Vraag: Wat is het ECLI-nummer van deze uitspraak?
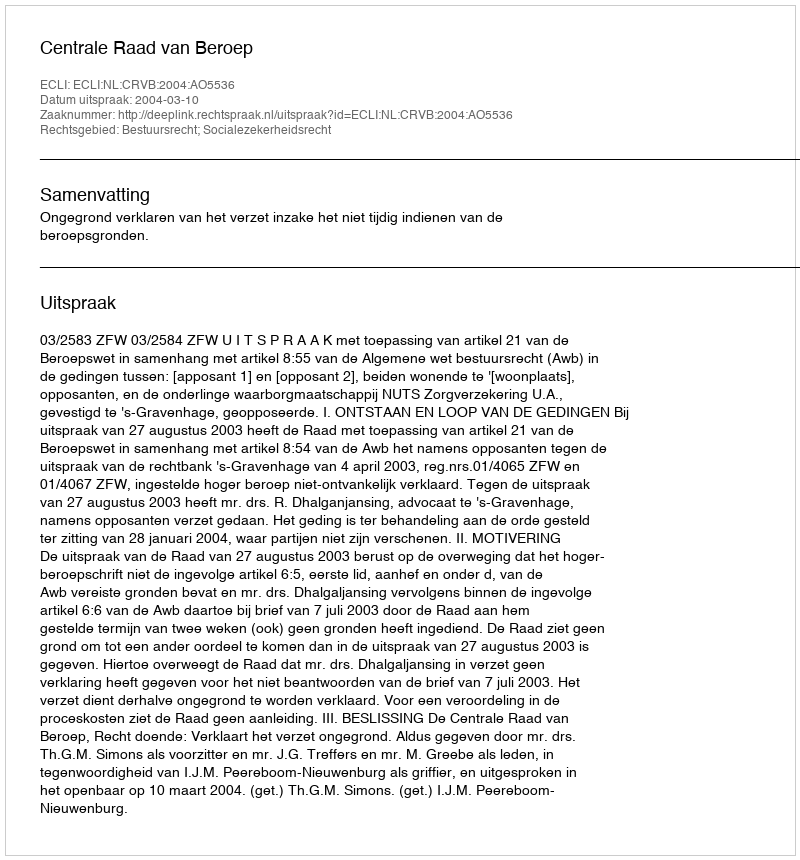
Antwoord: ECLI:NL:CRVB:2004:AO5536